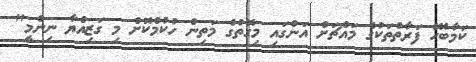
ކަމާބެހޭ ފަރާތްތަކުގެ މައްޗަށް އަންގައި މިގޮތުގެ މަތިން ހުކުމްކޮށް މި ގަޒިއްޔާ ނިންމީ"